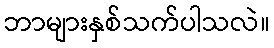
ဘာများနှစ်သက်ပါသလဲ။